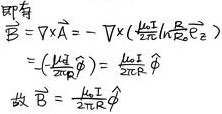
故\(\vec{B}\)的求解过程如下：
\[\begin{align*}
\vec{B}&=\nabla\times\vec{A}=-\nabla\times\left(\frac{\mu_{0}I}{2\pi}\ln R\vec{e}_{z}\right)\\
&=-\left(\frac{\mu_{0}I}{2\pi}\nabla\ln R\right)=\frac{\mu_{0}I}{2\pi R}\hat{\phi}\\
\end{align*}\]
所以\(\vec{B}=\frac{\mu_{0}I}{2\pi R}\hat{\phi}\)。